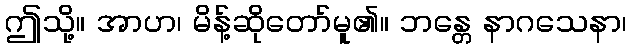
ဤသို့။ အာဟ၊ မိန့်ဆိုတော်မူ၏။ ဘန္တေ နာဂသေနာ၊